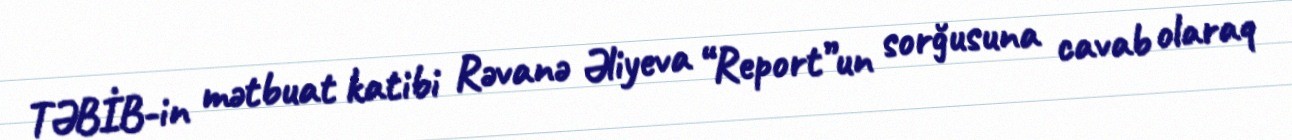
TƏBİB-in mətbuat katibi Rəvanə Əliyeva “Report”un sorğusuna cavab olaraq